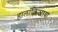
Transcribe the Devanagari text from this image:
हालांकिजावा